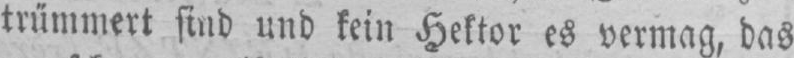
trümmert sind und kein Hektor es vermag, das